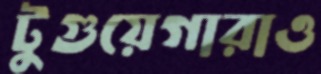
টুগুয়েগারাও